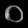
Digit: ၀